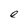
Character: e